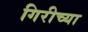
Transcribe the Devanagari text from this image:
गिरीच्या